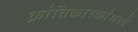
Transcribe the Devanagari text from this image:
क्रांतिकारकांमध्ये